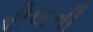
રીલની